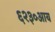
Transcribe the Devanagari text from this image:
६२३०आय